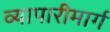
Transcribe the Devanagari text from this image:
व्यापारीमार्ग